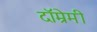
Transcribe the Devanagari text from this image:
दॉम्रेमी